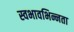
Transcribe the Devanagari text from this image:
स्वभावभिन्नता